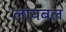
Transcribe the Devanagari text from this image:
लायबल